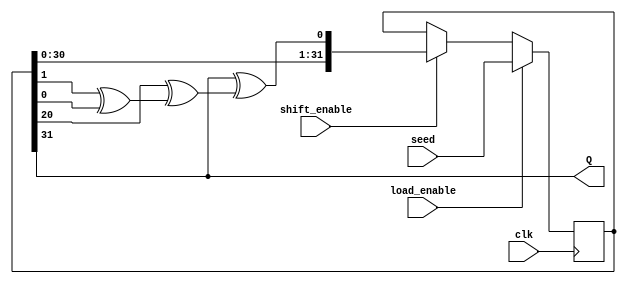
`timescale 1ns / 1ps

module LFSR_code (

input clk,
output Q,
input load_enable,
input shift_enable,
input [31:0] seed

);

reg [31:0] Q_reg;


wire taps ;

always @(posedge clk  )
begin
    if (load_enable)
        Q_reg <= seed;
    else if (shift_enable)
        Q_reg <= {Q_reg [30:0],taps };
    else
    Q_reg <=Q_reg ;
end

assign Q=Q_reg[31] ;
assign taps = Q_reg [31]^(Q_reg[20]^(Q_reg [1]^Q_reg[0]));



endmodule